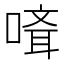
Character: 𠻎